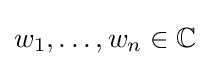
w_{1},\dots ,w_{n}\in \mathbb {C}